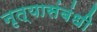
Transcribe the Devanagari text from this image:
नृत्यासंबंधी